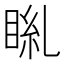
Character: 𥆎